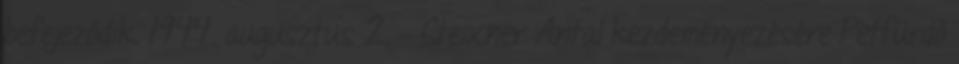
befejeződik. 1944. augusztus 2. – Steixner Antal kezdeményezésére Pétfürdő